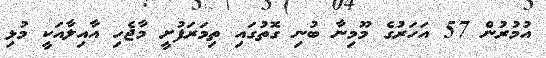
އުމުރުން 57 އަހަރުގެ މޫމިނާ ބުނި ގޮތުގައި ތިމަރަފުށީ މާޖެހި އާއިލާއަކީ މުޅި